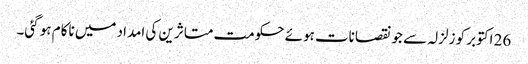
26 اکتوبر کو زلزلہ سے جو نقصانات ہوئے حکومت متاثرین کی امداد میں ناکام ہو گئی۔